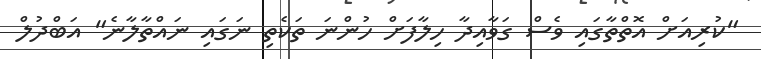
"ކުރިއަށް އޮތްތާގައި ވެސް ގަވާއިދާ ހިލާފަށް ހުންނަ ތަކެތި ނަގައި ނައްތާލާނެ" އަބްދުލް